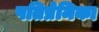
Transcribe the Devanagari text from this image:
पतिप्रेमिका